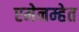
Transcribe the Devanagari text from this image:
एमेनम्हेत